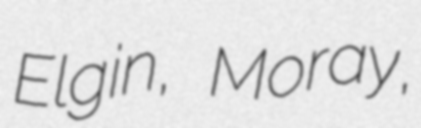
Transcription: Elgin, Moray,